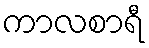
ကာလစာရီ